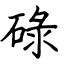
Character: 碌